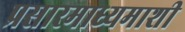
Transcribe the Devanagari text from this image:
प्रसारमाध्यमाशी